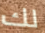
لك